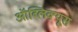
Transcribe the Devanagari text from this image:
ऑब्लिक्यूस